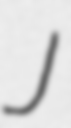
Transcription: J